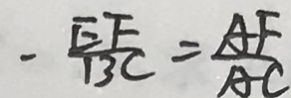
- \frac { E F } { B C } = \frac { A F } { A C }